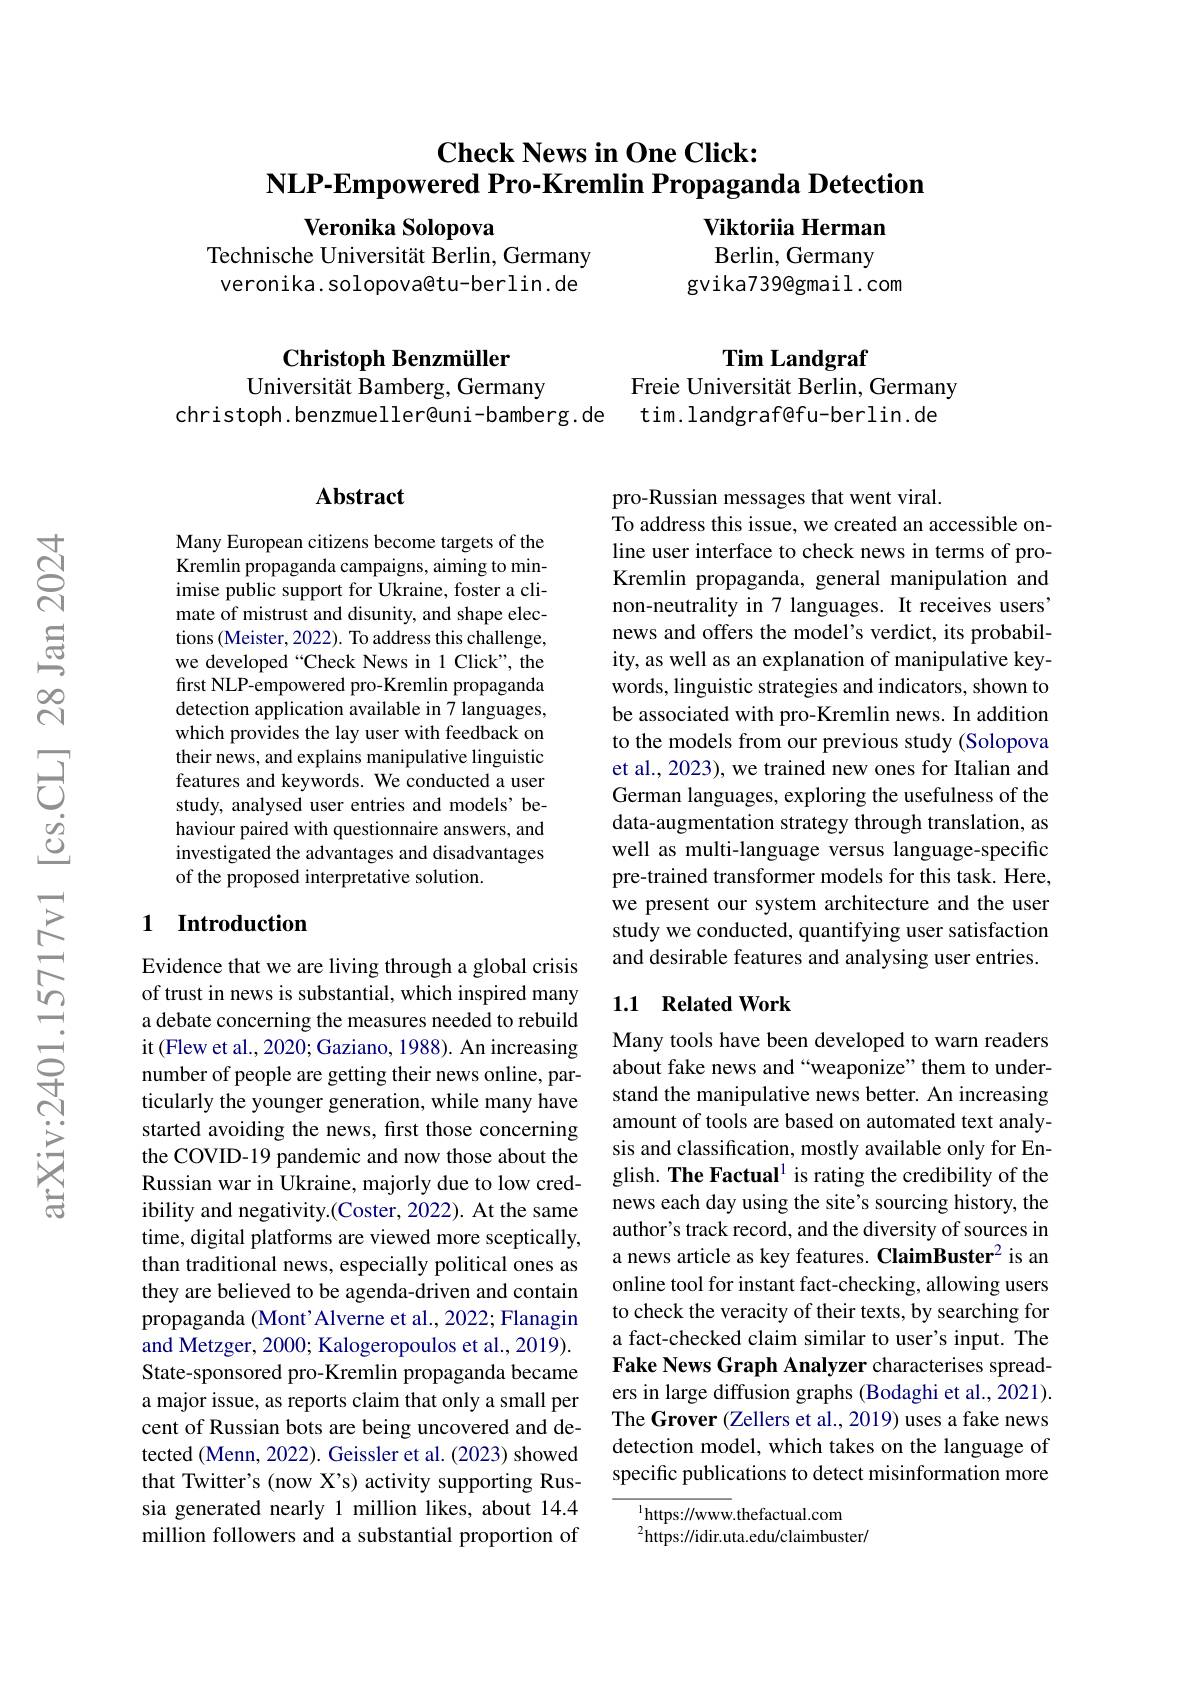
## $\textbf{Check News in One Click: }$ NLP-Empowered Pro-Kremlin Propaganda Detection

Viktoriia Herman

Veronika Solopova

Technische Universität Berlin, Germany veronika. solopova@tu-berlin. de

Berlin, Germany
gvika739@gmail.com

Christoph Benzmüller
Universität Bamberg, Germany

Tim Landgraf
Freie Universität Berlin, Germany tim. landgraf@fu-berlin. de

christoph. benzmueller@uni-bamberg. de

### $\mathbf{Abstract}$

Many European citizens become targets of the Kremlin propaganda campaigns, aiming to minimise public support for Ukraine, foster a climate of mistrust and disunity, and shape elections (Meister, 2022). To address this challenge, we developed “Check News in 1 Click", the first NLP-empowered pro-Kremlin propaganda detection application available in 7 languages, which provides the lay user with feedback on their news, and explains manipulative linguistic features and keywords. We conducted a user study, analysed user entries and models' behaviour paired with questionnaire answers, and investigated the advantages and disadvantages of the proposed interpretative solution.

## 1 Introduction

Evidence that we are living through a global crisis of trust in news is substantial, which inspired many a debate concerning the measures needed to rebuild it (Flew et al., 2020; Gaziano, 1988). An increasing number of people are getting their news online, particularly the younger generation, while many have started avoiding the news, first those concerning the COVID-19 pandemic and now those about the Russian war in Ukraine, majorly due to low credibility and negativity.(Coster, 2022). At the same time, digital platforms are viewed more sceptically, than traditional news, especially political ones as they are believed to be agenda-driven and contain propaganda (Mont'Alverne et al., 2022; Flanagin and Metzger, 2000; Kalogeropoulos et al., 2019). State-sponsored pro-Kremlin propaganda became a major issue, as reports claim that only a small per cent of Russian bots are being uncovered and detected (Menn, 2022). Geissler et al. (2023) showed that Twitter's (now X's) activity supporting Russia generated nearly 1 million likes, about 14.4 million followers and a substantial proportion of

pro-Russian messages that went viral.
To address this issue, we created an accessible online user interface to check news in terms of proKremlin propaganda, general manipulation and non-neutrality in 7 languages. It receives users' news and offers the model's verdict, its probability, as well as an explanation of manipulative keywords, linguistic strategies and indicators, shown to be associated with pro-Kremlin news. In addition to the models from our previous study (Solopova et al., 2023), we trained new ones for Italian and German languages, exploring the usefulness of the data-augmentation strategy through translation, as well as multi-language versus language-specific pre-trained transformer models for this task. Here, we present our system architecture and the user study we conducted, quantifying user satisfaction and desirable features and analysing user entries.

## 1.1 Related Work

Many tools have been developed to warn readers about fake news and“weaponize”them to understand the manipulative news better. An increasing amount of tools are based on automated text analysis and classification, mostly available only for English. The Factual$^1$ is rating the credibility of the news each day using the site's sourcing history, the author's track record, and the diversity of sources in a news article as key features. ClaimBuster$^{2}$ is an online tool for instant fact-checking, allowing users to check the veracity of their texts, by searching for a fact-checked claim similar to user's input. The Fake News Graph Analyzer characterises spreaders in large diffusion graphs (Bodaghi et al., 2021). The Grover (Zellers et al., 2019) uses a fake news detection model, which takes on the language of specific publications to detect misinformation more

$^{1}$https://www.thefactual.com
$^{2}{\mathrm{https:}}//$idir.uta.edu/claimbuster/